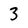
Character: 3